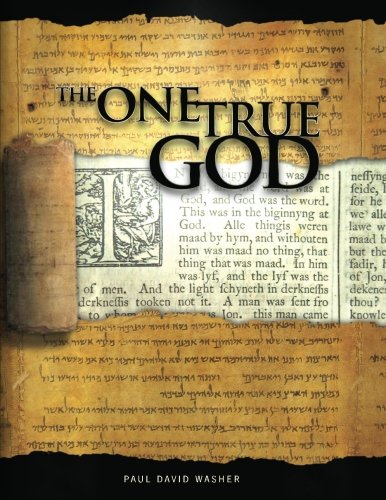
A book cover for The One True God: A Biblical study of the Doctrine of God; Mr Paul David Washer; Christian Books & Bibles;